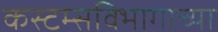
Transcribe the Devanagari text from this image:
कस्टम्सविभागाच्या